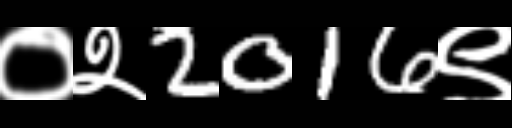
Text: ०२2016९